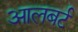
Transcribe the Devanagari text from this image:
आलबर्ट